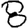
Digit: 8